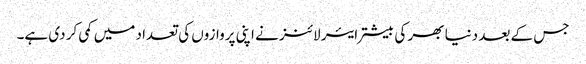
جس کے بعد دنیا بھر کی بیشتر ایئر لائنز نے اپنی پروازوں کی تعداد میں کمی کر دی ہے۔